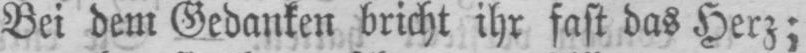
Bei dem Gedanken bricht ihr fast das Herz;